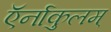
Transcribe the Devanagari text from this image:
ऍर्नाकुलम्